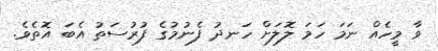
ވާ މީހެއް ނަމަ ހަމަ ލޮލަށް ހަނދު ފެނުމުގެ ފުރުސަތު އެބަ އޮތެވެ.